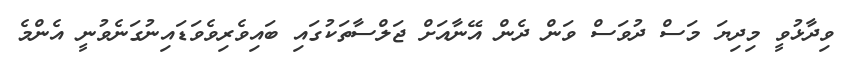
ވިދާޅުވީ މިދިޔަ މަސް ދުވަސް ވަން ދެން އޭނާއަށް ޖަލްސާތަކުގައި ބައިވެރިވެވަޑައިނުގަނެވުނީ އެންމެ